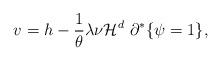
LaTeX: \begin{align*}v=h-\frac{1}{\theta} \lambda \nu \mathcal{H}^{d} \ \partial ^{\ast} \{\psi =1 \},\end{align*}